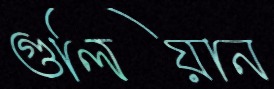
গুলিয়ান